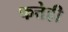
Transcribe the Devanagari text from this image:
फत्तेही